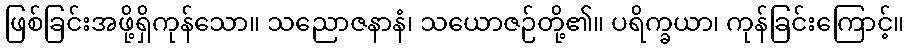
ဖြစ်ခြင်းအဖို့ရှိကုန်သော။ သညောဇနာနံ၊ သယောဇဉ်တို့၏။ ပရိက္ခယာ၊ ကုန်ခြင်းကြောင့်။